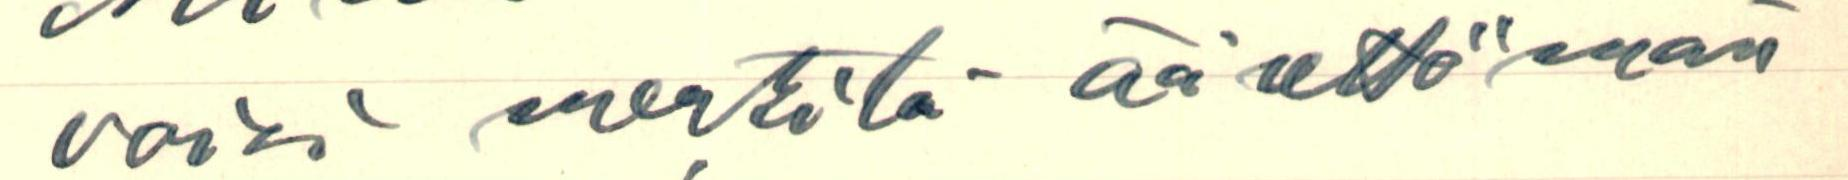
voisi merkitä äärettömän